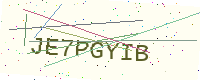
Text: JE7PGYIB